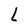
Character: l